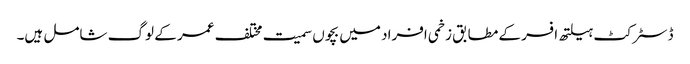
ڈسٹرکٹ ہیلتھ افسر کے مطابق زخمی افراد میں بچوں سمیت مختلف عمر کے لوگ شامل ہیں۔